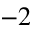
^ { - 2 }